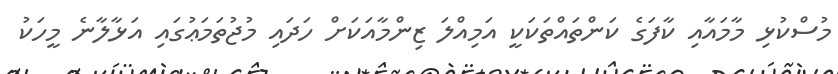
މުސްކުޅި މާމައާއި ކާފަގެ ކަންތައްތަކަކީ އަމިއްލަ ޒިންމާއަކަށް ހަދައި މުޖުތަމަޢުގައި އަޅާލާނެ މީހަކު